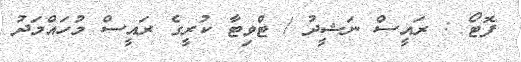
ފޮޓޯ : ރައީސް ނަޝީދު / ޓްވިޓާ ކުރީގެ ރައީސް މުހައްމަދު